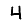
Digit: 4